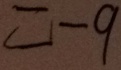
= - 9